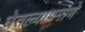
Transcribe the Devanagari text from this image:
घेतल्याप्रमाणे